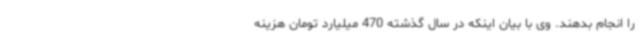
را انجام بدهند. وی با بیان اینکه در سال گذشته 470 میلیارد تومان هزینه